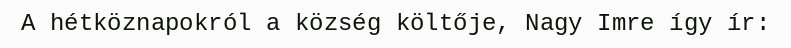
A hétköznapokról a község költője, Nagy Imre így ír: